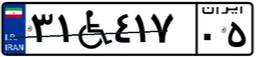
۳۱W۴۱۷۰۵